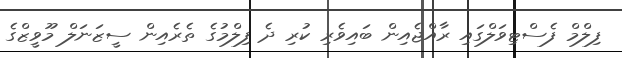
ފިލްމް ފެސްޓިވަލްގައި ރާއްޖެއިން ބައިވެރި ކުރި ދެ ފިލްމުގެ ތެރެއިން ސީޒަނަލް މޫވީޒްގެ